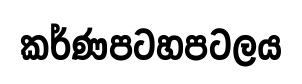
කර්ණපටහපටලය